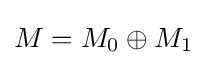
M=M_{0}\oplus M_{1}